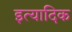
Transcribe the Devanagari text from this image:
इत्यादिक